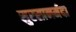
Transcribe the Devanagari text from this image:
सुरसानर्मदा